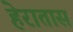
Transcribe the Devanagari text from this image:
हेरातास